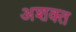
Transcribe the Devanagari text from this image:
अशक्‍त